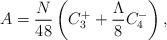
LaTeX: \begin{align*}A=\frac{N}{48} \left(C^{+}_{3}+ \frac{\Lambda}{8}C^{-}_{4}\right),\end{align*}